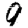
Digit: 9